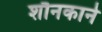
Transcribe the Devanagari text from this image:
शौनकाने